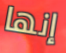
إنها